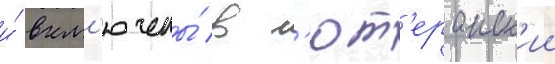
и́ вкл'ючены́ в л'ют'еранск'ии